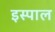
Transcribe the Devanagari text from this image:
इस्पाल